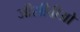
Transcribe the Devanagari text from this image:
जीसीवीओ